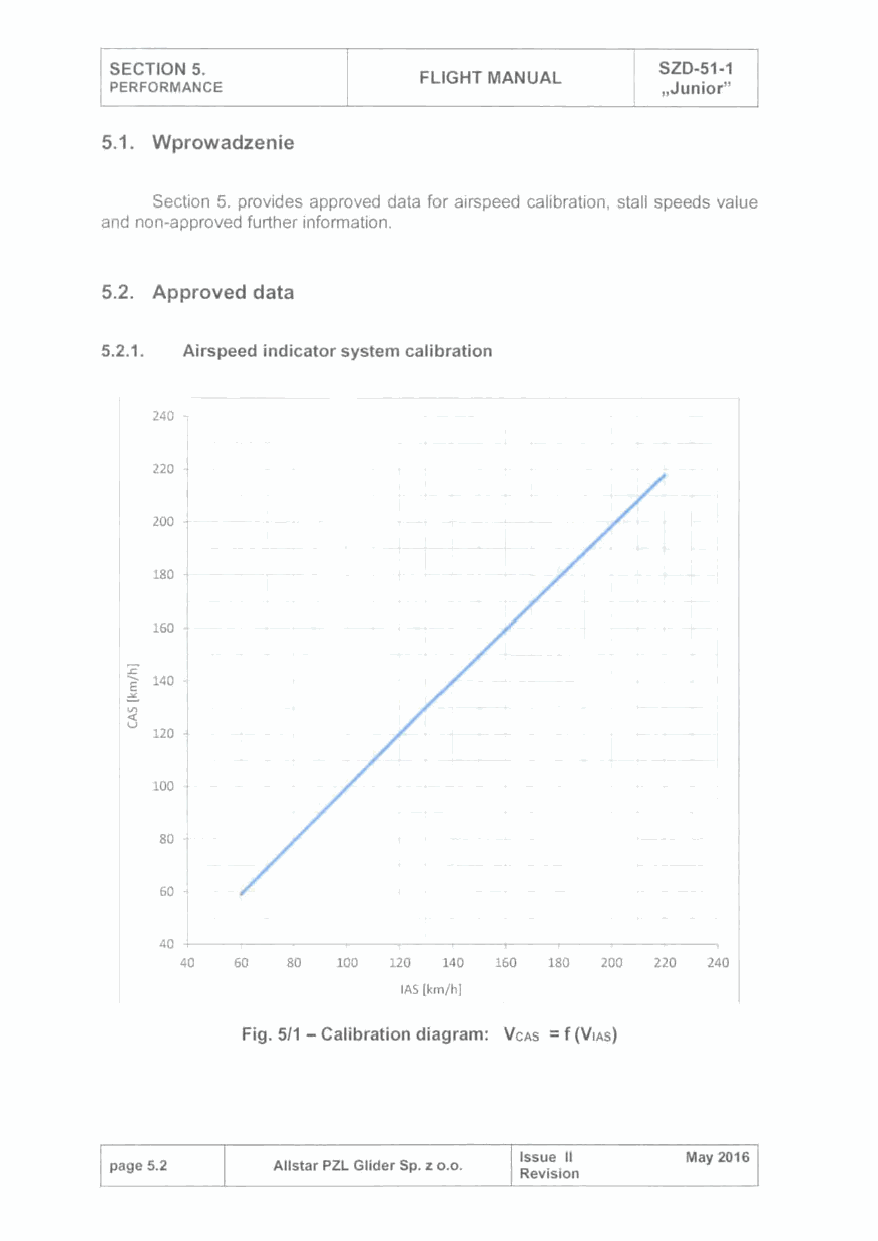
SECTION 5.                           SZD-51-1
 FLIGHT MANUAL
 PERFORMANCE                          ,Junior"
 5.1. Wprowadzenie
 Section 5. provides approved data for a1rspeed calibration, stall speeds value
 and non-approved further information.
 5.2. Approved data
 5.2.1. Airspeed indicator system calibration
 240
 220
 200
 180
 160
 -:;-::
 140
 ~
 ~
 u
 120
 100
 80
 60 •
 40
 40  60 80 100 120 140 160 180 200 220 240
 IAS lkm/h]
 Fig. 5/1 - Calibration diagram: V cAs = f (VIAS)
 Issue 11   May 2016
 page 5.2   Allstar PZL Glider Sp. z o.o.
 Revision